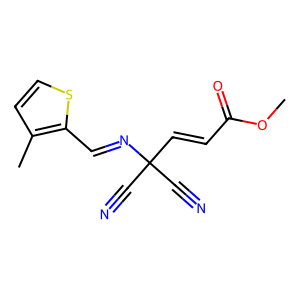
SMILES: COC(=O)C=CC(C#N)(C#N)N=Cc1sccc1C
Inhibits HIV replication: Yes